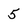
Character: 5